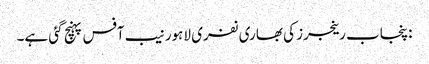
:پنجاب رینجرز کی بھاری نفری لاہور نیب آفس پہنچ گئی ہے۔